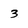
Character: 3